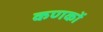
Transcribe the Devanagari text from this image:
कणकों